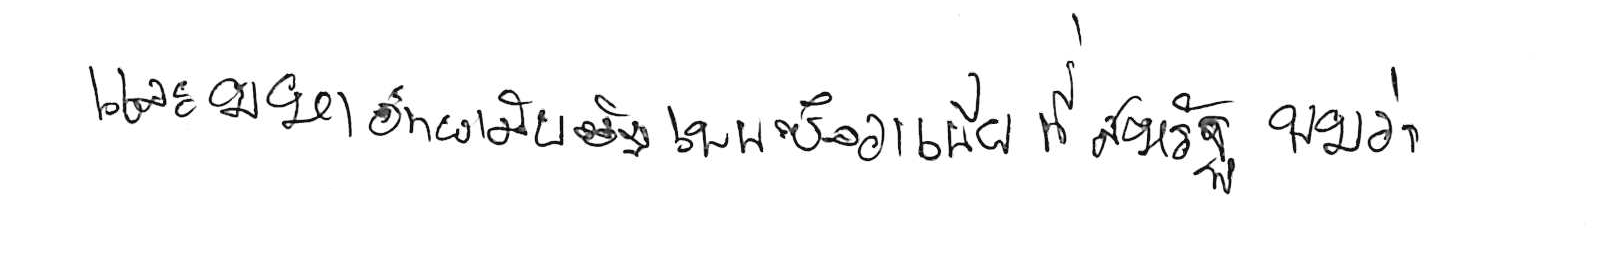
และมหาวิทยาลัยรัฐเพนซิลวาเนีย ที่สหรัฐ พบว่า